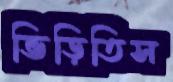
ভিড়িতিস